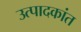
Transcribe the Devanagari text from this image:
उत्पादकांत